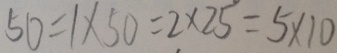
5 0 = 1 \times 5 0 = 2 \times 2 5 = 5 \times 1 0